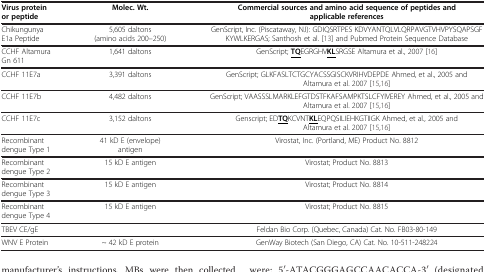
| Virus protein or peptide | Molec. Wt. | Commercial sources and amino acid sequence of peptides and applicable references |
 | --- | --- | --- |
 | Chikungunya E1a Peptide | 5,605 daltons (amino acids 200–250) | GenScript, Inc. (Piscataway, NJ): GDIQSRTPES KDVYANTQLVLQRPAVGTVHVPYSQAPSGF KYWLKERGAS; Santhosh et al. [13] and Pubmed Protein Sequence Database |
 | CCHF Altamura Gn 611 | 1,641 daltons | GenScript; <underline>TQ</underline>EGRGHV<underline>KL</underline>SRGSE Altamura et al., 2007 [16] |
 | CCHF 11E7a | 3,391 daltons | GenScript; GLKFASLTCTGCYACSSGISCKVRIHVDEPDE Ahmed, et al., 2005 and Altamura et al. 2007 [15,16] |
 | CCHF 11E7b | 4,482 daltons | GenScript; VAASSSLMARKLEFGTDSTFKAFSAMPKTSLCFYIVEREY Ahmed, et al., 2005 and Altamura et al. 2007 [15,16] |
 | CCHF 11E7c | 3,152 daltons | Genscript; ED<underline>TQ</underline>KCVNT<underline>KL</underline>EQPQSILIEHKGTIIGK Ahmed, et al., 2005 and Altamura et al. 2007 [15,16] |
 | Recombinant dengue Type 1 | 41 kD E (envelope) antigen | Virostat, Inc. (Portland, ME) Product No. 8812 |
 | Recombinant dengue Type 2 | 15 kD E antigen | Virostat; Product No. 8813 |
 | Recombinant dengue Type 3 | 15 kD E antigen | Virostat; Product No. 8814 |
 | Recombinant dengue Type 4 | 15 kD E antigen | Virostat; Product No. 8815 |
 | TBEV CE/gE |  | Feldan Bio Corp. (Quebec, Canada) Cat. No. FB03-80-149 |
 | WNV E Protein | ~ 42 kD E protein | GenWay Biotech (San Diego, CA) Cat. No. 10-511-248224 |